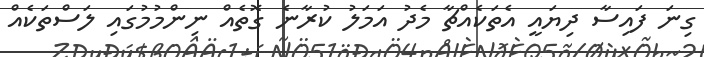
ގިނަ ފައިސާ ދިޔައީ އެތަކެއްޗާ މެދު އަމަލު ކުރާނެ ގޮތެއް ނިންމުމުގައި ލަސްތަކެއް